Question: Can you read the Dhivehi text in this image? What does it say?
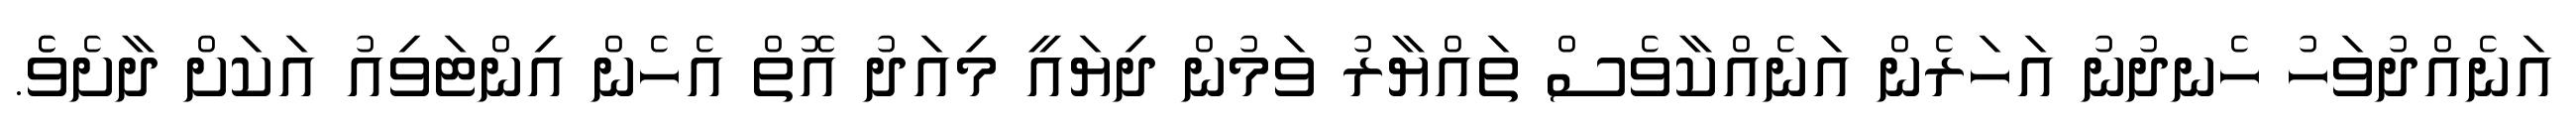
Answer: އަނެއްދުވަހު ހެނދުނު އަހަރެން އަނެއްކާވެސް ތައްޔާރު ވަމުން ދިޔައީ މިއަދު އޮތް އެހެން އިންޓަވިއު އަކަށް ދާށެވެެ.